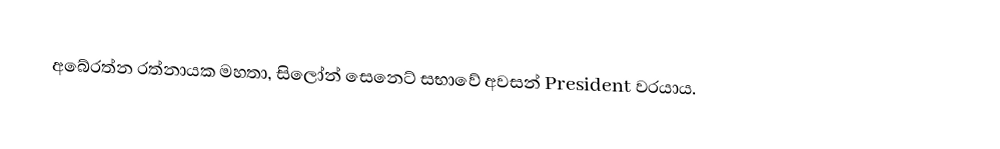
අබේරත්න රත්නායක මහතා, සිලෝන් සෙනෙට් සභාවේ අවසන් President වරයාය.